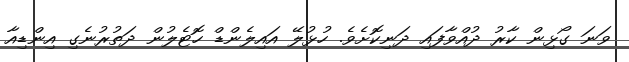
ވަނަ ގޯޅިން ކާރު ދުއްވާފައި ދަނިކޮށެވެ. ހުޅުލޭ އައިލެންޑް ހޮޓެލުން ދަތުރުނެގި އިންޑިއާ